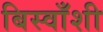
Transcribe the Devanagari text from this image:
बिस्वाँशी